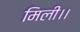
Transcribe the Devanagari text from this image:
मिली।।